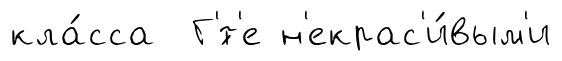
кла́сса Г'́т'е н'екрас'и́вым'и